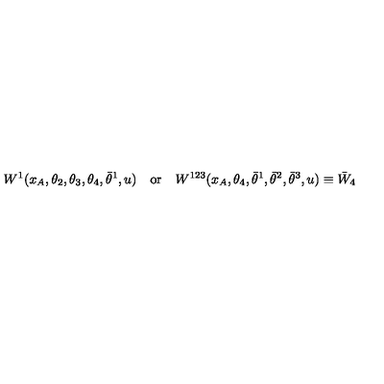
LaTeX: W ^ { 1 } ( x _ { A } , \theta _ { 2 } , \theta _ { 3 } , \theta _ { 4 } , \bar { \theta } ^ { 1 } , u ) \quad \mathrm { o r } \quad W ^ { 1 2 3 } ( x _ { A } , \theta _ { 4 } , \bar { \theta } ^ { 1 } , \bar { \theta } ^ { 2 } , \bar { \theta } ^ { 3 } , u ) \equiv \bar { W } _ { 4 }